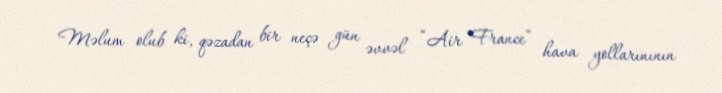
Məlum olub ki, qəzadan bir neçə gün əvvəl “Air France” hava yollarınının